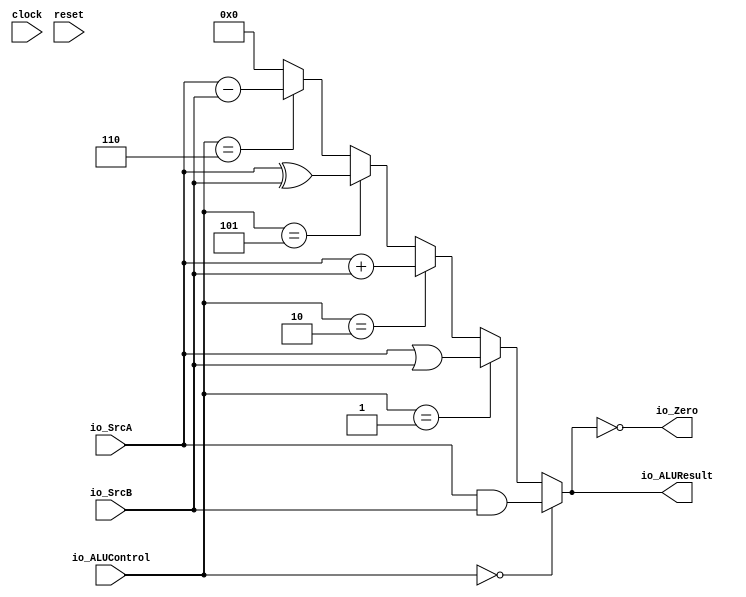
module ALU(
  input         clock,
  input         reset,
  input  [31:0] io_SrcA,
  input  [31:0] io_SrcB,
  input  [2:0]  io_ALUControl,
  output [31:0] io_ALUResult,
  output        io_Zero
);
  wire [31:0] _io_ALUResult_T = io_SrcA & io_SrcB; // @[ALU.scala 27:31]
  wire [31:0] _io_ALUResult_T_1 = io_SrcA | io_SrcB; // @[ALU.scala 29:31]
  wire [31:0] _io_ALUResult_T_3 = io_SrcA + io_SrcB; // @[ALU.scala 31:31]
  wire [31:0] _io_ALUResult_T_4 = io_SrcA ^ io_SrcB; // @[ALU.scala 33:31]
  wire [31:0] _io_ALUResult_T_6 = io_SrcA - io_SrcB; // @[ALU.scala 35:31]
  wire [31:0] _GEN_0 = io_ALUControl == 3'h6 ? _io_ALUResult_T_6 : 32'h0; // @[ALU.scala 34:41 35:20 37:20]
  wire [31:0] _GEN_1 = io_ALUControl == 3'h5 ? _io_ALUResult_T_4 : _GEN_0; // @[ALU.scala 32:41 33:20]
  wire [31:0] _GEN_2 = io_ALUControl == 3'h2 ? _io_ALUResult_T_3 : _GEN_1; // @[ALU.scala 30:41 31:20]
  wire [31:0] _GEN_3 = io_ALUControl == 3'h1 ? _io_ALUResult_T_1 : _GEN_2; // @[ALU.scala 28:40 29:20]
  assign io_ALUResult = io_ALUControl == 3'h0 ? _io_ALUResult_T : _GEN_3; // @[ALU.scala 26:34 27:20]
  assign io_Zero = io_ALUResult == 32'h0; // @[ALU.scala 39:33]
endmodule